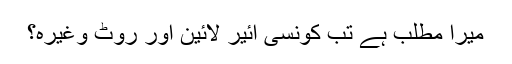
میرا مطلب ہے تب کونسی ائیر لائین اور روٹ وغیرہ؟